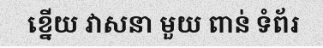
ខ្នើយ វាសនា មួយ ពាន់ ទំព័រ